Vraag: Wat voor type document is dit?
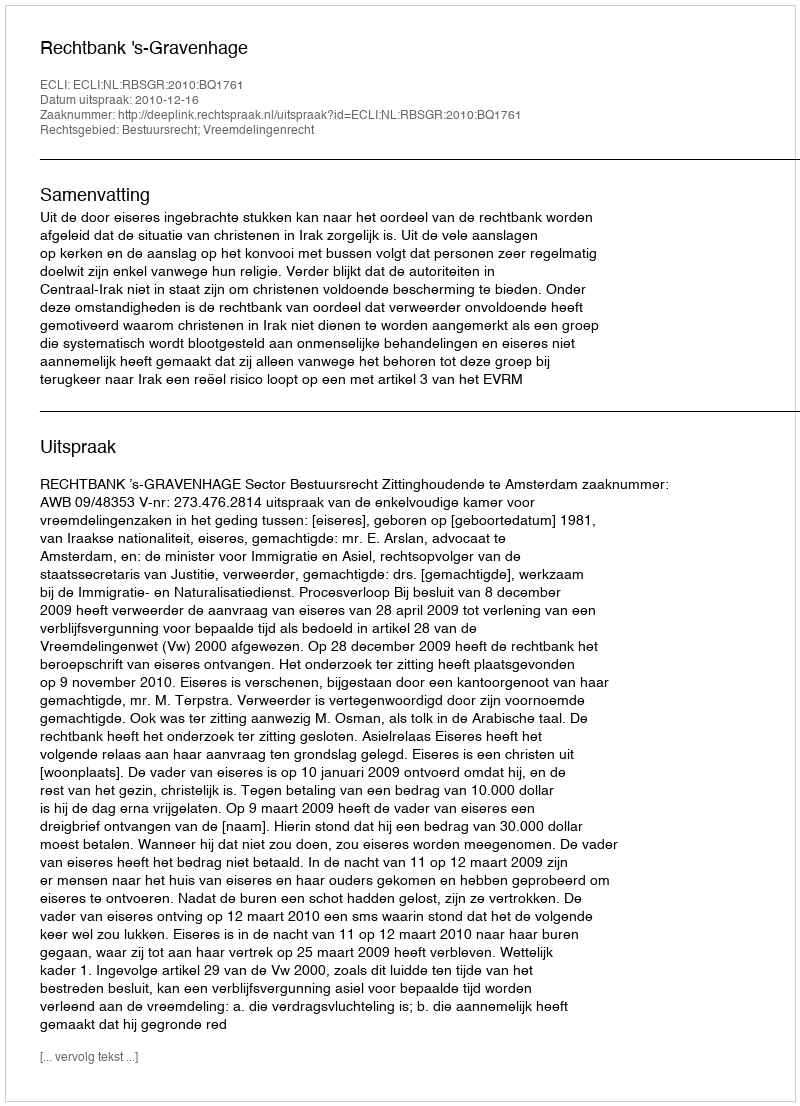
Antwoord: Uitspraak